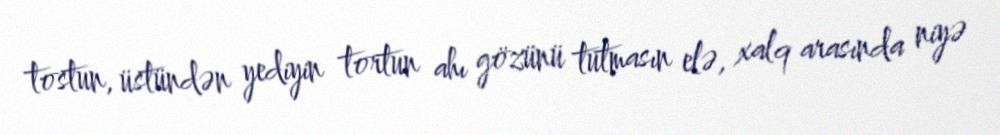
tostun, üstündən yediyin tortun ahı gözünü tutmasın elə, xalq arasında niyə